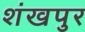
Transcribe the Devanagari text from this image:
शंखपुर